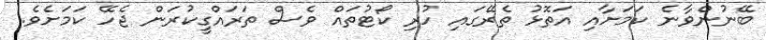
ބޭނުންވާނެ ކަމަށާއި އަތޮޅު ތެރޭގައި ހުރި ކޯޓުތައް ވެސް ތަރައްގީކުރަން ޖެހޭ ކަމަށެވެ.